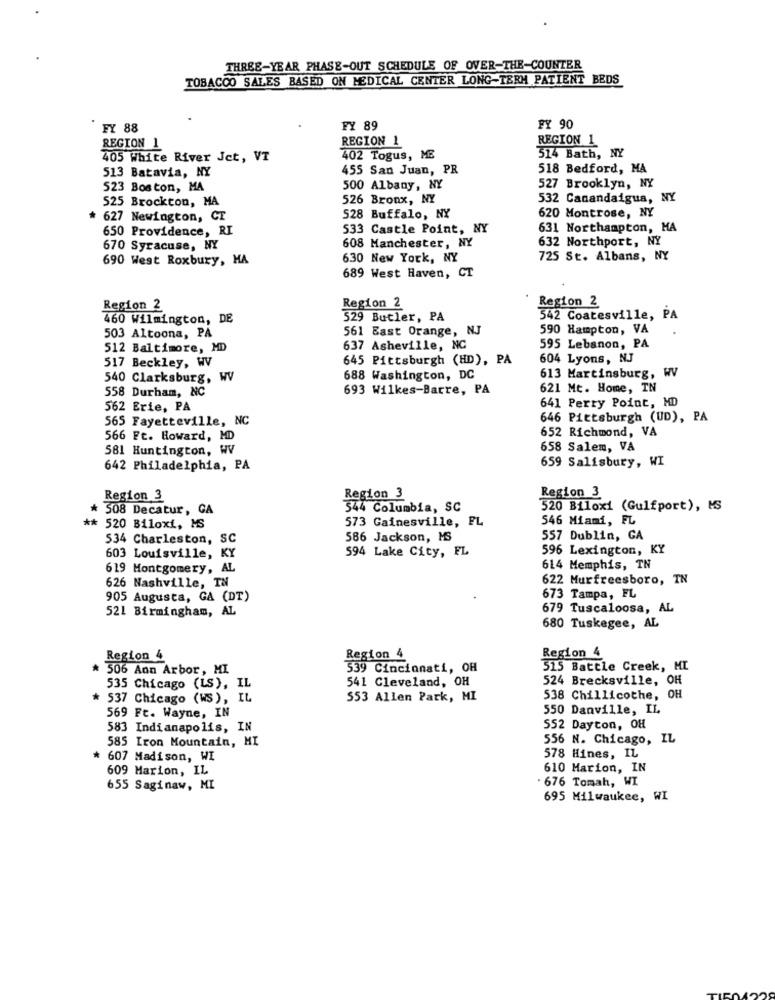
THREE-YEAR PHASE-OUT SCHEDULE OF OVER-THE-COUNTER
TOBACCO SALES BASED ON MEDICAL CENTER LONG-TERM PATIENT BEDS
FY 88
FY 89
FY 90
REGION 1
REGION 1
REGION 1
405 White River Jet, VT
402 Togus, ME
514 Bath, NY
513 Batavia, NY
455 San Juan, PR
518 Bedford, MA
523 Boston, MA
500 Albany, NY
527 Brooklyn, NY
525 Brockton, MA
526 Bronx, NY
532 Canandaigua, NY
* 627 Newington, CT
528 Buffalo, NY
620 Montrose, NY
650 Providence, RI
533 Castle Point, NY
631 Northampton, MA
608 Manchester, NY
632 Northport, NY
670 Syracuse, NY
690 West Roxbury, MA
630 New York, NY
725 St. Albans, NY
689 West Haven, CT
Region 2
Region 2
Region 2
460 Wilmington, DE
529 Butler, PA
542 Coatesville, PA
561 East Orange, NJ
590 Hampton, VA
503 Altoona, PA
512 Baltimore, MD
637 Asheville, NC
595 Lebanon, PA
645 Pittsburgh (HD), PA
604 Lyons, NJ
517 Beckley, WV
613 Martinsburg, WV
540 Clarksburg, WV
688 Washington, DC
558 Durham, NC
693 Wilkes-Barre, PA
621 Mt. Home, IN
562 Erie, PA
641 Perry Point, MD
565 Fayetteville, NC
646 Pittsburgh (UD), PA
652 Richmond, VA
566 Ft. Howard, MD
581 Huntington, WV
658 Salem, VA
659 Salisbury, WI
642 Philadelphia, PA
Region 3
Region 3
Region 3
508 Decatur, GA
544 Columbia, SC
520 Biloxi (Gulfport), MS
573 Gainesville, FL
546 Miami, FL
** 520 Biloxi, MS
534 Charleston, SC
586 Jackson, MS
557 Dublin, GA
594 Lake City, FL
596 Lexington, KY
603 Louisville, KY
619 Montgomery, AL
614 Memphis, TN
622 Murfreesboro, TN
626 Nashville, TN
905 Augusta, GA (DT)
673 Tampa, FL
521 Birmingham, AL
679 Tuscaloosa, AL
680 Tuskegee, AL
Region 4
Region 4
Region 4
* 506 Ann Arbor, MI
539 Cincinnati, OH
515 Battle Creek, ML
541 Cleveland, OH
524 Brecksville, OH
535 Chicago (LS), IL
537 Chicago (WS), IL
553 Allen Park, MI
538 Chillicothe, OH
550 Danville, IL
569 Ft. Wayne, IN
583 Indianapolis, IN
552 Dayton, OH
585 Iron Mountain, MI
556 N. Chicago, IL
* 607 Madison, WI
578 Hines, IL
609 Marion, IL
610 Marion, IN
. 676 Tomah, WI
655 Saginaw, MI
695 Milwaukee, WI